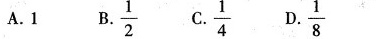
A.1 B. \frac{1}{2} C.\frac{1}{4} D.\frac{1}{8}